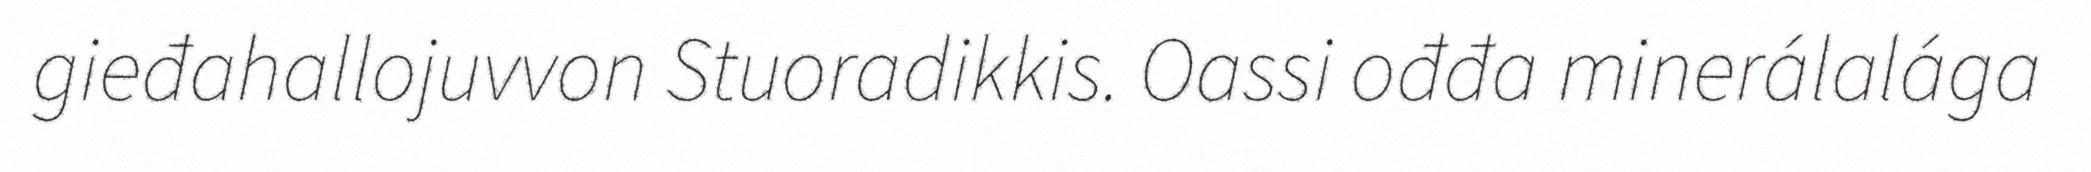
gieđahallojuvvon Stuoradikkis. Oassi ođđa minerálalága